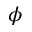
\phi